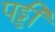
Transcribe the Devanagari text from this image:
पड्डी